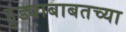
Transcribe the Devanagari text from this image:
हुंड्याबाबतच्या